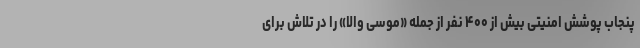
پنجاب پوشش امنیتی بیش از ۴۰۰ نفر از جمله «موسی والا» را در تلاش برای